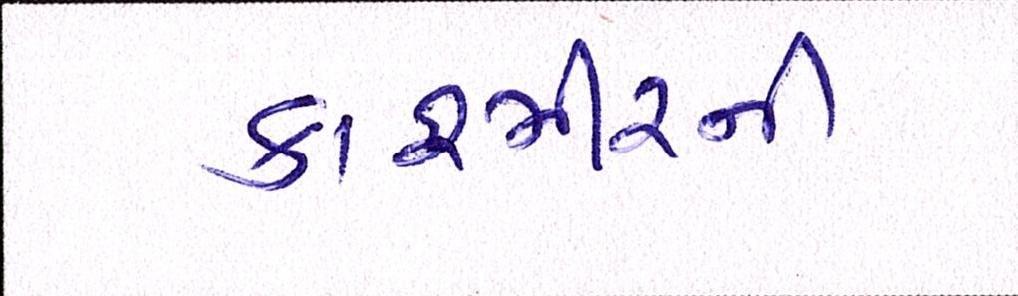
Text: કાશ્મીરની